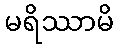
မရိဿာမိ